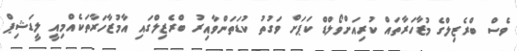
ވެސް ބްރެޒިލްގެ މުޒާހަރާތައް ކުރިއަށްވޯލްޑް ކަޕަށް ވަގުތު ކުޑަތަންވާއިރު ބްރެޒިލްގައި އާމުޒާހަރާތަކެއްމިއީ ލީޑަޝިޕް